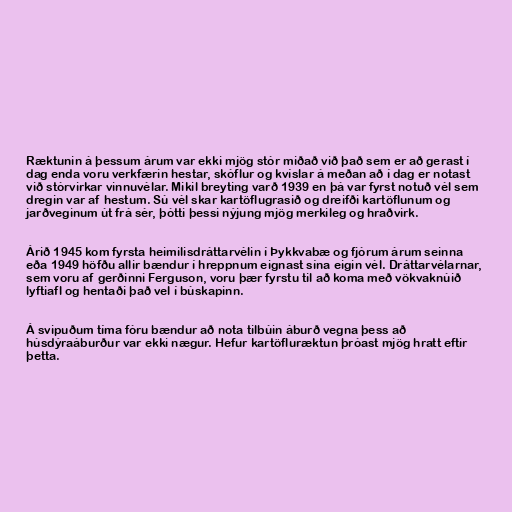
Ræktunin á þessum árum var ekki mjög stór miðað við það sem er að gerast í
dag enda voru verkfærin hestar, skóflur og kvíslar á meðan að í dag er notast
við stórvirkar vinnuvélar. Mikil breyting varð 1939 en þá var fyrst notuð vél sem
dregin var af hestum. Sú vél skar kartöflugrasið og dreifði kartöflunum og
jarðveginum út frá sér, þótti þessi nýjung mjög merkileg og hraðvirk.

Árið 1945 kom fyrsta heimilisdráttarvélin í Þykkvabæ og fjórum árum seinna
eða 1949 höfðu allir bændur í hreppnum eignast sína eigin vél. Dráttarvélarnar,
sem voru af gerðinni Ferguson, voru þær fyrstu til að koma með vökvaknúið
lyftiafl og hentaði það vel í búskapinn.

Á svipuðum tíma fóru bændur að nota tilbúin áburð vegna þess að
húsdýraáburður var ekki nægur. Hefur kartöfluræktun þróast mjög hratt eftir
þetta.